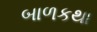
બાળકથા